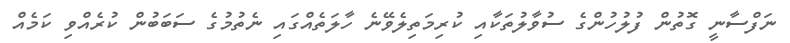
ނަފްސާނީ ގޮތުން ފުލުހުންގެ ސުވާލުތަކާއި ކުރިމަތިލެވޭނެ ހާލަތެއްގައި ނެތުމުގެ ސަބަބުން ކުރެއްވި ކަމެއް